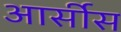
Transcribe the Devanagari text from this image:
आर्सीस